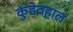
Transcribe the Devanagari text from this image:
कुंडेवहाल